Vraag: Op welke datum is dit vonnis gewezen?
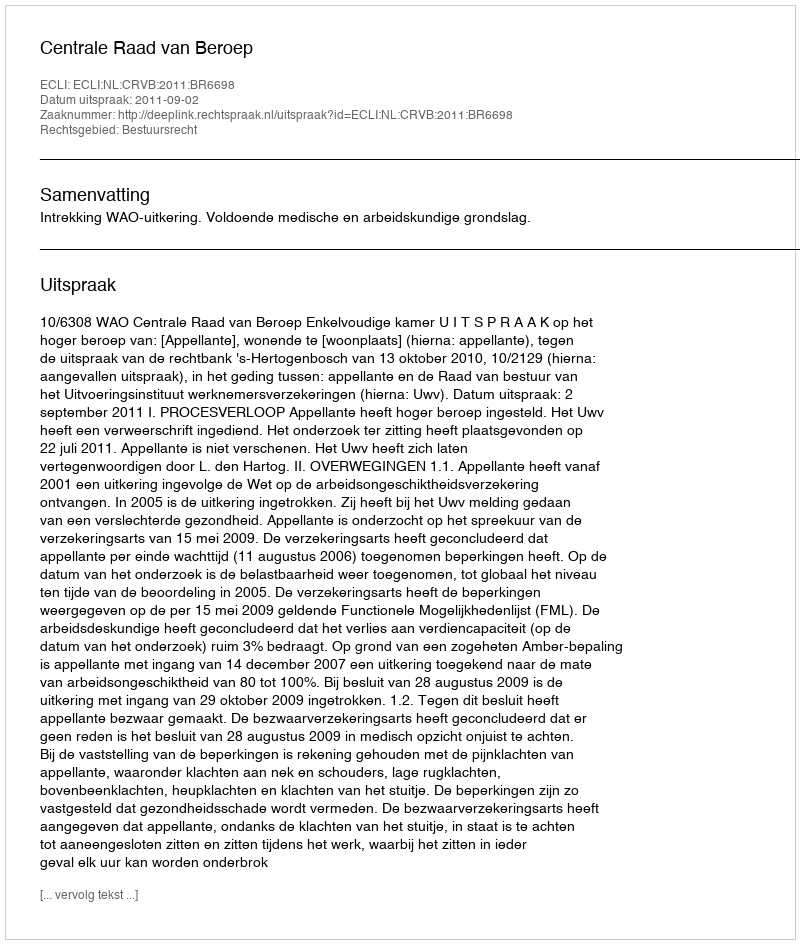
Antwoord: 2011-09-02